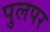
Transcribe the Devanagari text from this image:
पुलपर